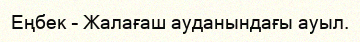
Еңбек – Жалағаш ауданындағы ауыл.